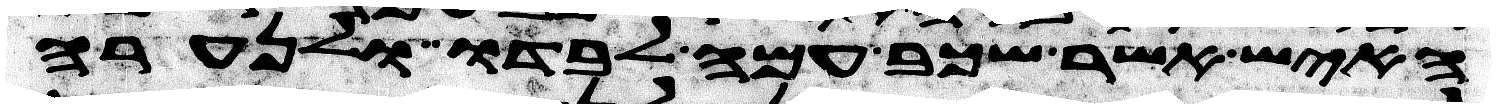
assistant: האיש אשר שכב עמה לבדו ולנערה